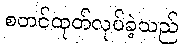
စတင်ထုတ်လုပ်ခဲ့သည်